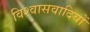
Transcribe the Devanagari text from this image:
विश्वासवादियों